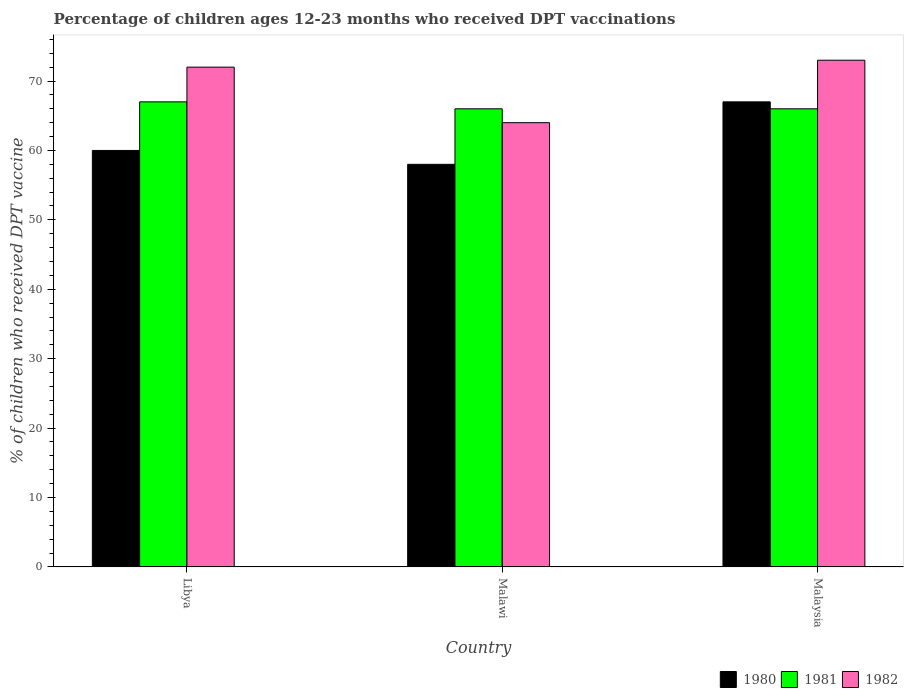
| Country | 1980 | 1981 | 1982 |
 | --- | --- | --- | --- |
 | Libya | 60 | 67 | 72 |
 | Malawi | 58 | 66 | 64 |
 | Malaysia | 67 | 66 | 73 |